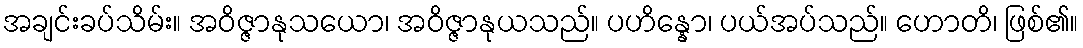
အချင်းခပ်သိမ်း။ အဝိဇ္ဇာနုသယော၊ အဝိဇ္ဇာနုယသည်။ ပဟိန္နော၊ ပယ်အပ်သည်။ ဟောတိ၊ ဖြစ်၏။